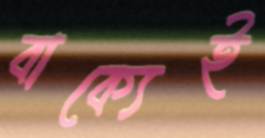
বাক্যেই